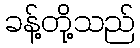
ခန့်တို့သည်